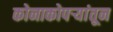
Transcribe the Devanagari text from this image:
कोनाकोपर्‍यांतून